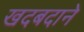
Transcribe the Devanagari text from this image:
खदबदाने